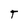
Character: T